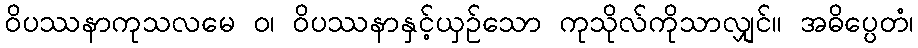
ဝိပဿနာကုသလမေ ဝ၊ ဝိပဿနာနှင့်ယှဉ်သော ကုသိုလ်ကိုသာလျှင်။ အဓိပ္ပေတံ၊